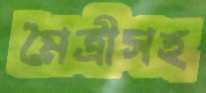
মৈত্রীসহ